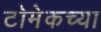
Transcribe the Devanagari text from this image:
टोमेकच्या